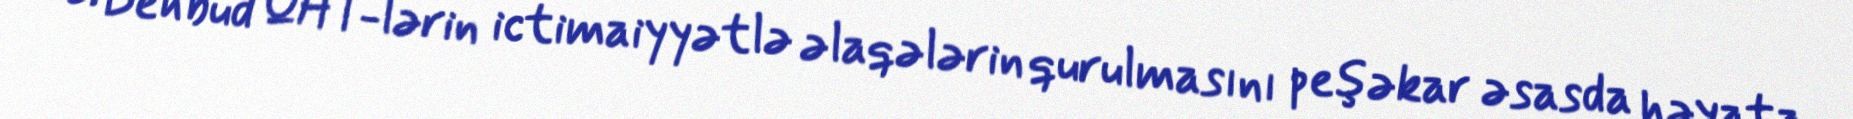
E. Behbud QHT-lərin ictimaiyyətlə əlaqələrin qurulmasını peşəkar əsasda həyata